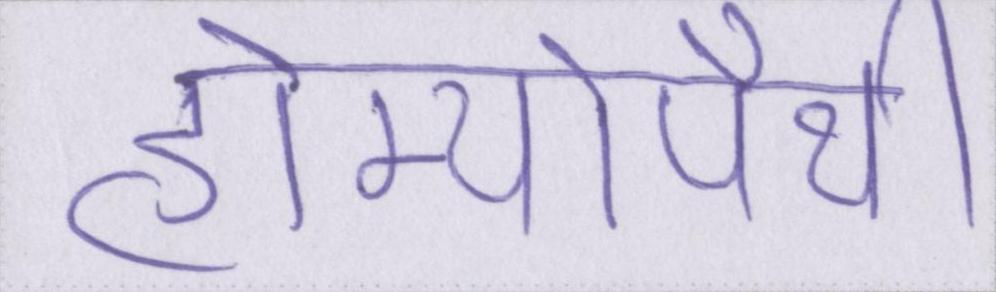
होम्योपैथी